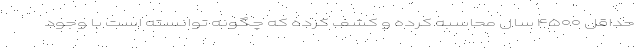
حداقل ۴۵۰۰ سال محاسبه کرده و کشف کرده که چگونه توانسته است با وجود